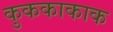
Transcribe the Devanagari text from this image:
कुककाकाक